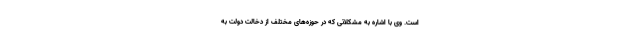
است. وی با اشاره به مشکلاتی که در حوزه‌های مختلف از دخالت دولت به